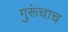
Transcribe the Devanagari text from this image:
गुरूंचाच